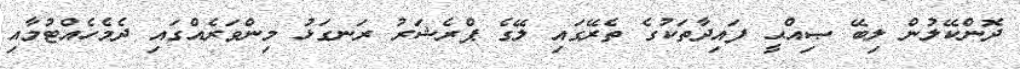
ދޮންކޭލުން ލިބޭ ޞިއްޙީ ފައިދާތަކުގެ ތެރޭގައި ލޭގެ ޕްރެޝަރު ރަނގަޅު މިންވަރެއްގައި ދެމެހެއްޓުމާއި